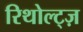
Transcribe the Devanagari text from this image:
रिथोल्ट्ज़